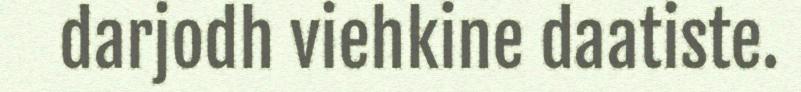
darjodh viehkine daatiste.